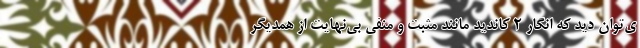
ی‌توان دید که انگار 2 کاندید مانند مثبت و منفی بی‌نهایت از همدیگر